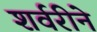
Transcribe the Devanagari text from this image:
शर्वरीने